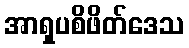
အာရှပစိဖိတ်ဒေသ